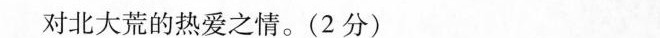
对北大荒的热爱之情。(2分)